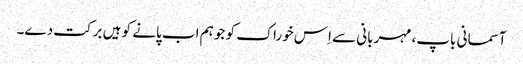
آسمانی باپ، مہربانی سے اِس خوراک کو جو ہم اب پانے کو ہیں برکت دے۔